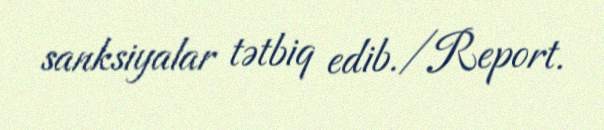
sanksiyalar tətbiq edib./Report.